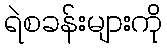
ရဲစခန်းများကို